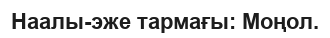
Наалы-эже тармағы: Моңол.